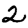
Digit: 2